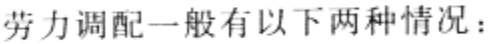
劳力调配一般有以下两种情况：